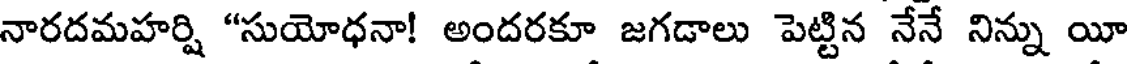
నారదమహర్షి "సుయోధనా! అందరకూ జగడాలు పెట్టిన నేనే నిన్ను యీ